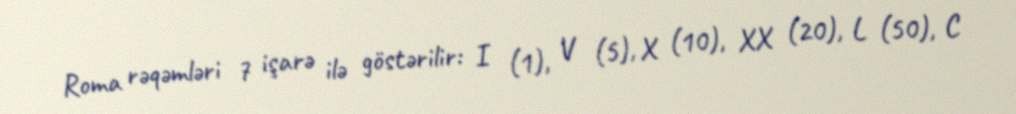
Roma rəqəmləri 7 işarə ilə göstərilir: I (1), V (5), X (10), XX (20), L (50), C